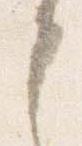
之